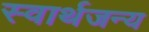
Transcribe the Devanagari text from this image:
स्वार्थजन्य